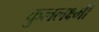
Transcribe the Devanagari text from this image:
कुललक्ष्मी